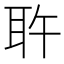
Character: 𰭷